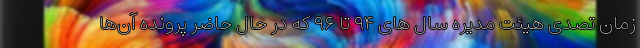
زمان تصدی هیئت مدیره سال های ۹۴ تا ۹۶ که در حال حاضر پرونده آن‌ها